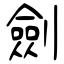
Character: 劍